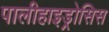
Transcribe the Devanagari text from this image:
पालीहाइड्रोसिस